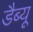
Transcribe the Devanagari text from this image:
डैब्यू